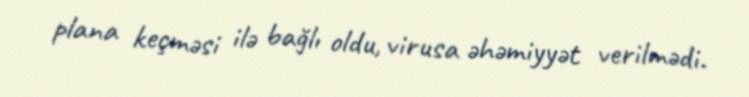
plana keçməsi ilə bağlı oldu, virusa əhəmiyyət verilmədi.